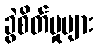
ခွဲစိတ်မှုများ